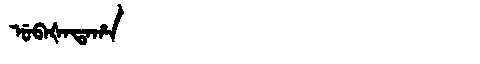
Manchu: ᡠᠪᠠᡧᠠᡨᠠᡥᠠ
Romanization: UBAŠATAHA